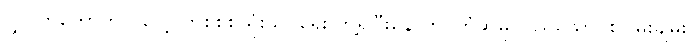
လွှွတ်တော်တွင် လေ့လာစိစစ်သုံးသပ်ရေး ဘွဲ့ရပြီးနောက် ကြံဆမှု ပြည်ထောင်စုငြိမ်းချမ်း